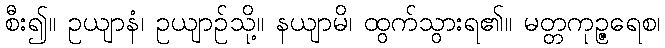
စီး၍။ ဥယျာနံ၊ ဥယျာဉ်သို့။ နယျာမိ၊ ထွက်သွားရ၏။ မတ္တကုဉ္ဇရေစ၊